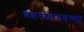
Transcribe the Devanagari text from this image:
शहरालगतच्या